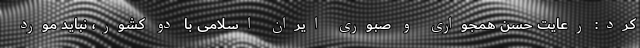
کرد: رعایت حسن همجواری و صبوری ایران اسلامی با دو کشور، نباید مورد